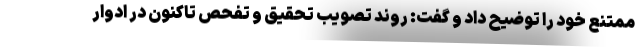
ممتنع خود را توضیح داد و گفت: روند تصویب تحقیق و تفحص تاکنون در ادوار